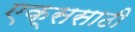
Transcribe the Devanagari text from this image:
एक्ससाठी